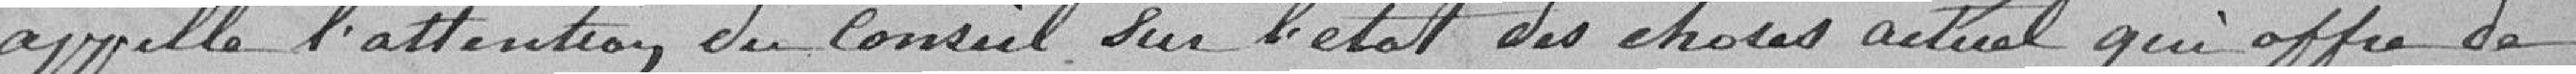
appelle l'attention du conseil sur l'état des choses actuelles qui offre de